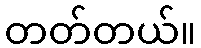
တတ်တယ်။